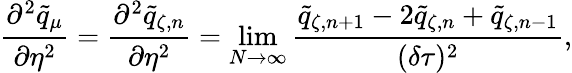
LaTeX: \frac{\partial^{2}\tilde{q}_{\mu}}{\partial\eta^{2}}=\frac{\partial^{2}\tilde{q}_{\zeta,n}}{\partial\eta^{2}}=\operatorname*{lim}_{N\to\infty}\frac{\tilde{q}_{\zeta,n+1}-2\tilde{q}_{\zeta,n}+\tilde{q}_{\zeta,n-1}}{(\delta\tau)^{2}},